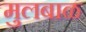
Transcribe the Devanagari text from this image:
मुलबाळ